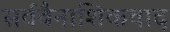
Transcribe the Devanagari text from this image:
सर्ववैनाशिकवाद